Language: tamil
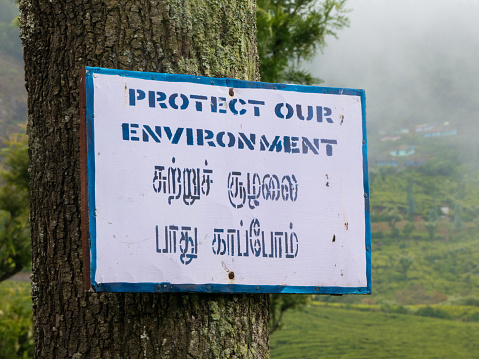
Transcription: சுற்றுச் சூழலை பாது காப்போம்